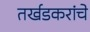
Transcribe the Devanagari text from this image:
तर्खडकरांचे